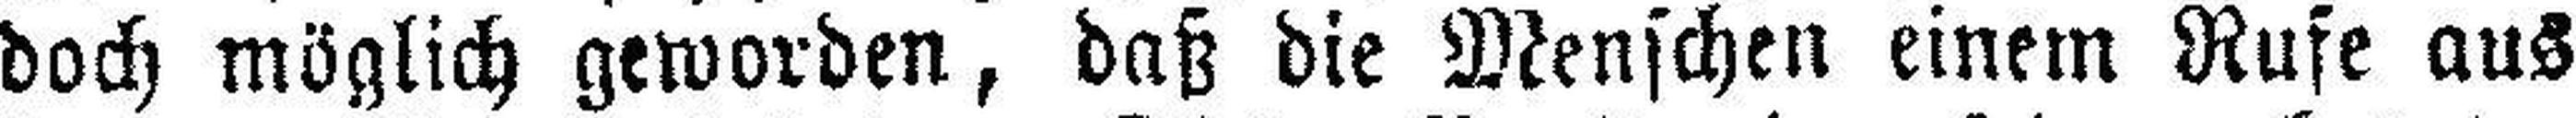
doch möglich geworden, daß die Menschen einem Rufe aus